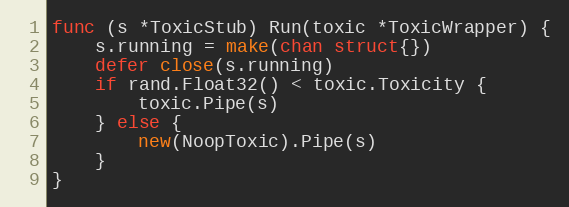
Language: Go
func (s *ToxicStub) Run(toxic *ToxicWrapper) {
	s.running = make(chan struct{})
	defer close(s.running)
	if rand.Float32() < toxic.Toxicity {
		toxic.Pipe(s)
	} else {
		new(NoopToxic).Pipe(s)
	}
}